Tartu_pedagoogiumi_aruanded, lk 7
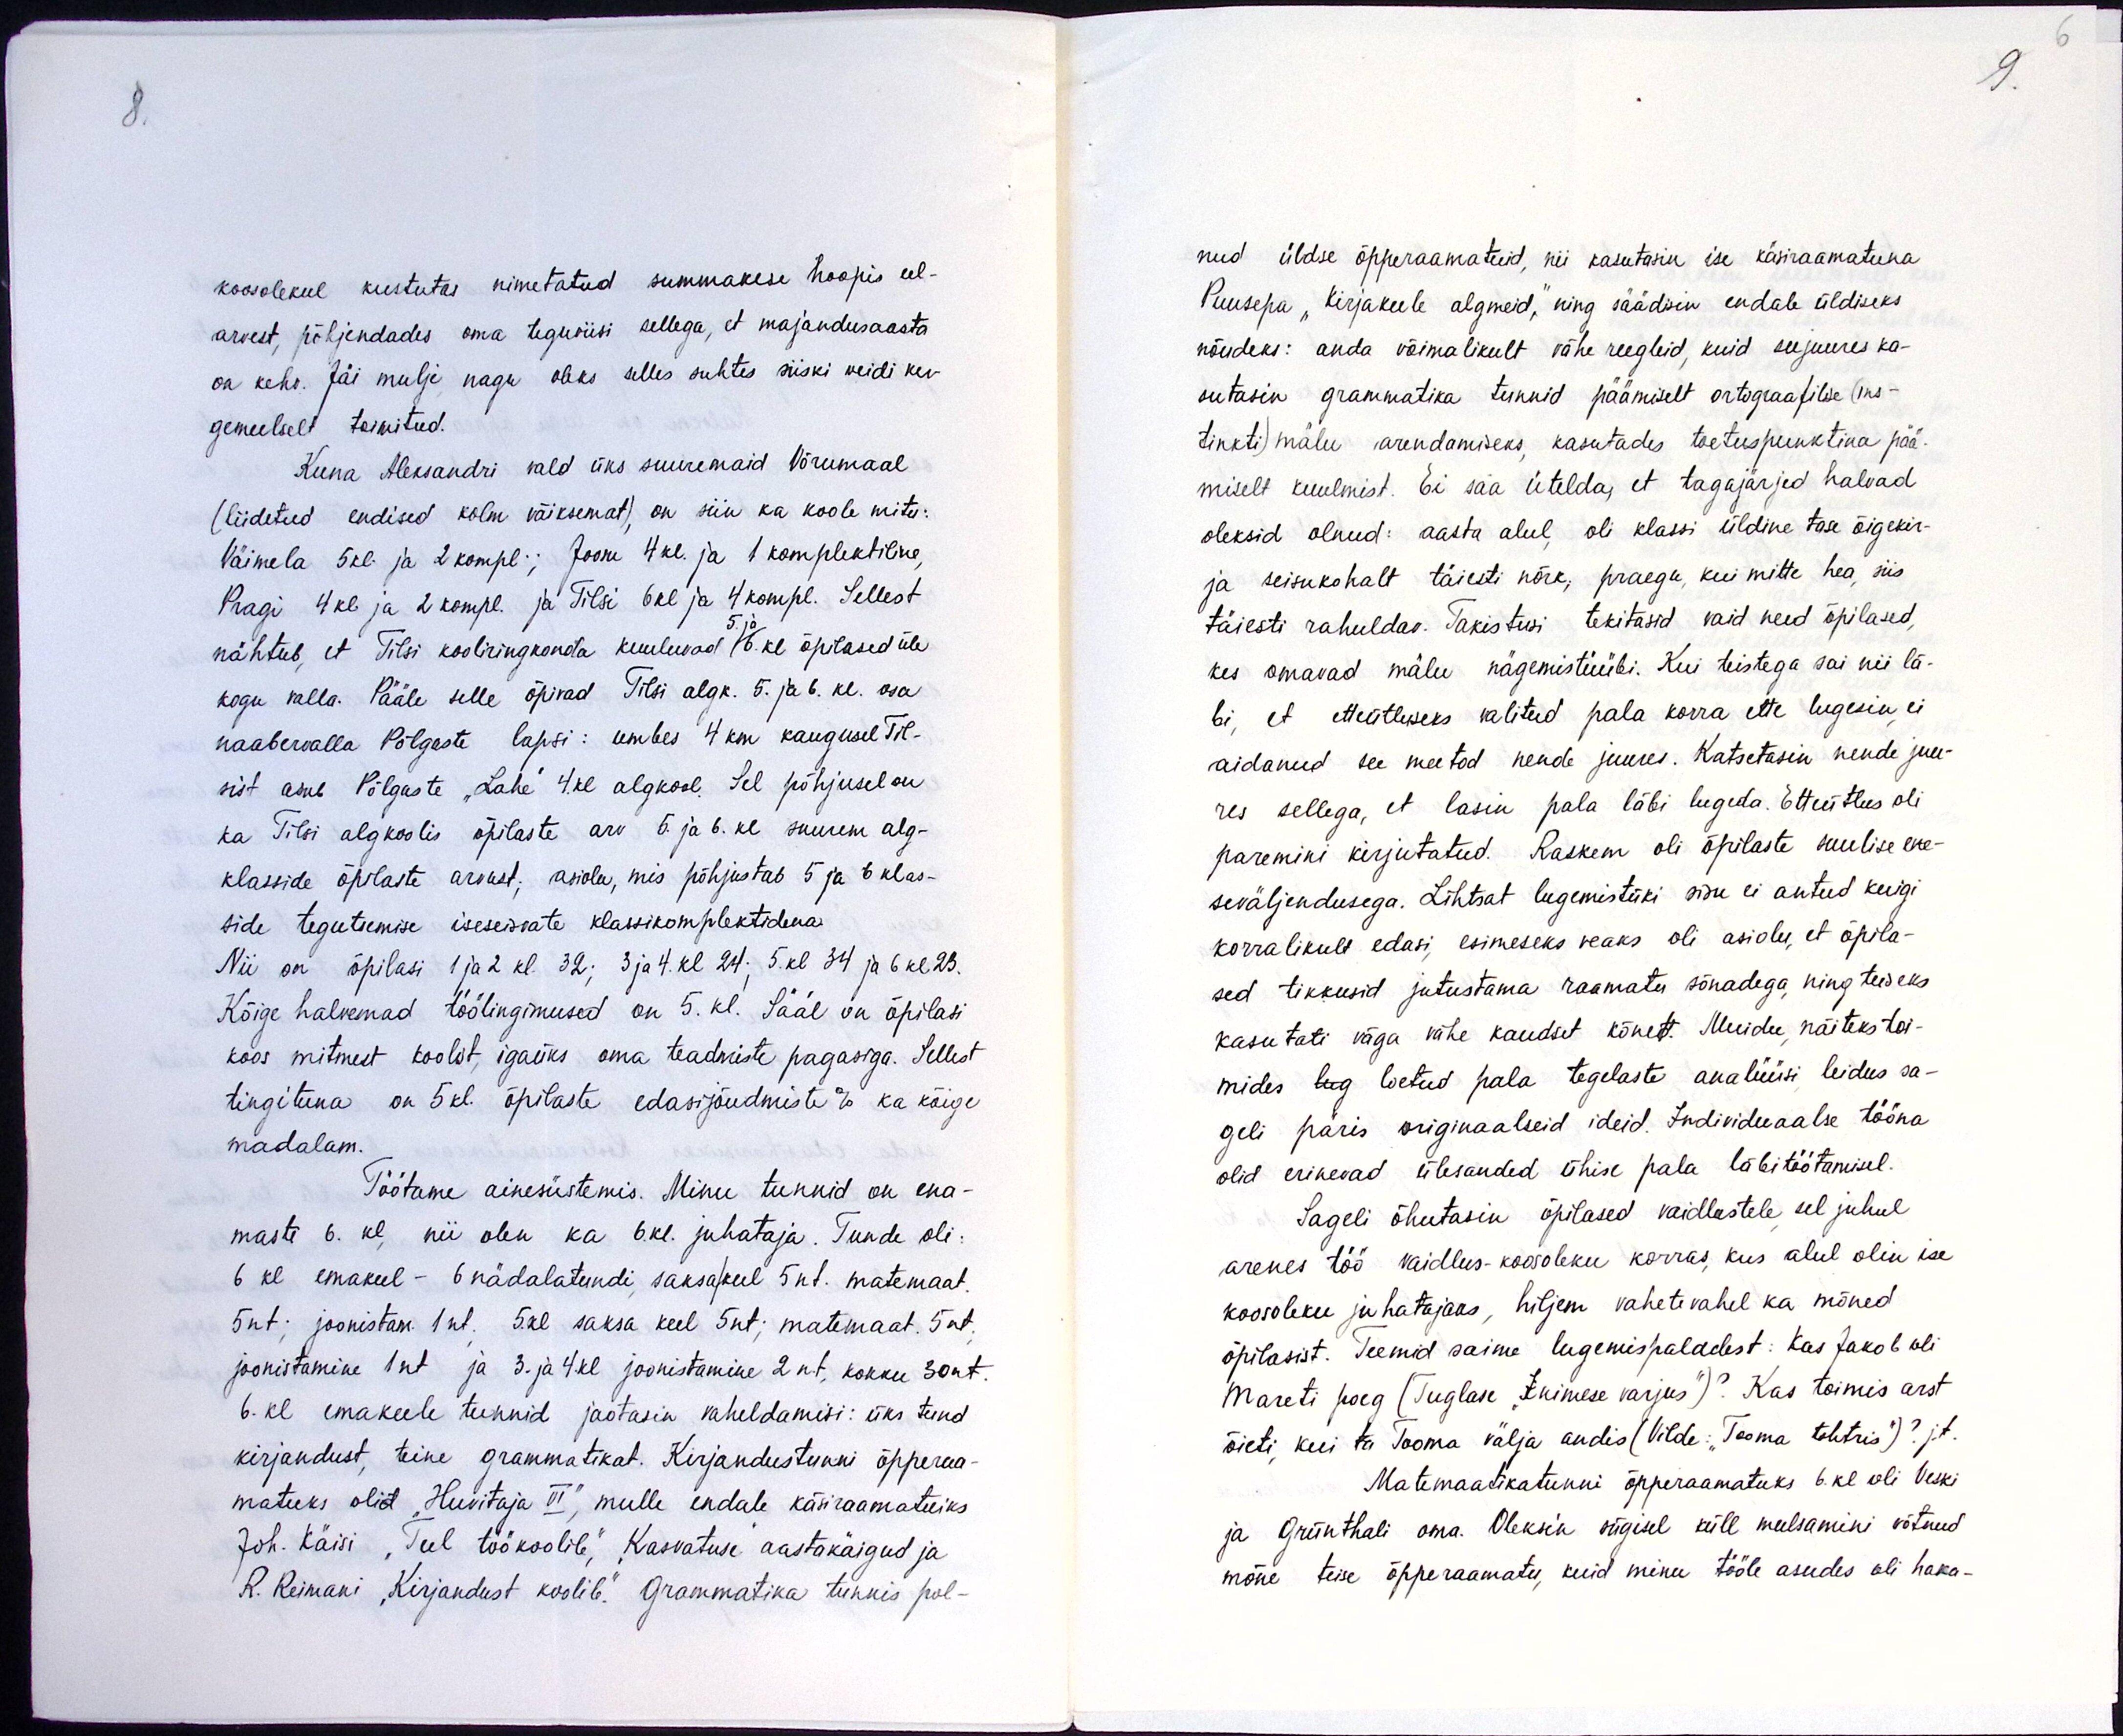
koosolekul kustutas nimetatud summakese hoopis eel-
arvest, põhjendades oma teguviisi sellega, et majandusaasta
on kehv. Jäi mulje nagu oleks selles suhtes siiski veidi ker-
gemeelselt toimitud.
Kuna Aleksandri vald üks suuremaid Võrumaal
(liidetud endised kolm väiksemat). on siin ka koole mitu:
Väimela 5 kl. ja 2 kompl.; Joosu 4 kl. ja 1 komplektiline.
Pragi 4 kl ja 2 kompl. ja Tilsi 6 kl ja 4 kompl. Sellest
nähtub, et Tilsi kooliringkonda kuuluvad 5. ja 6.kl õpilased üle
kogu valla. Pääle selle õpivad Tilsi algk. 5. ja 6. kl. osa
naabervalla Põlgaste lapsi: umbes 4 km kaugusel Til-
sist asub Põlgaste "Lahe" 4.kl algkool. Sel põhjusel on
ka Tilsi algkoolis õpilaste arv 5. ja 6. kl suurem alg-
klasside õpilaste arvust; asiolu, mis põhjustab 5 ja 6 klas-
side tegutsemise iseseisvate klassikomplektidena
Nii on õpilasi 1 ja 2 kl. 32; 3 ja 4. kl 24; 5 kl 34 ja 6 kl 23.
Kõige halvemad töötingimused on 5. kl. Sääl on õpilasi
koos mitmest koolit, igaüks oma teadmiste pagasiga. Sellest
tingituna on 5 kl. õpilaste edasijõudmiste % ka kõige
madalam.
Töötame ainesüstemis. Minu tunnid on ena-
masti 6. kl, nii olen ka 6 kl. juhataja. Tunde oli-
6 kl emakeel - 6 nädalatundi saksakeel 5 nt. matemaat
5nt; joonistam. 1nt. 5.kl saksa keel 5nt; matemaat. 5nt.
joonistamine 1nt ja 3. ja 4.kl joonistamine 2nt, kokku 30nt
6. kl emakeele tunnid jaotasin vaheldamisi: üks tund
kirjandust, teine grammatikat. Kirjandustunni õpperaa-
matuks olid "Huvitaja VI", mulle endale käsiraamatuiks
Joh. Käisi "Teel töökoolile", Kasvatuse aastakäigud ja
R. Reimani "Kirjandust koolile." Grammatika tunnis pol-

nud üldse õpperaamatuid, nii kasutasin ise käsiraamatuna
Puusepa "Kirjakeele algmeid," ning säädisin endale üldiseks
nõudeks: anda võimalikult vähe reegleid, kuid seejuures ka-
sutasin grammatika tunnid päämiselt ortograafilise (ins-
tinkti) mälu arendamiseks, kasutades toetuspunktina pää-
miselt kuulmist. Ei saa ütelda, et tagajärjed halvad
oleksid olnud: aasta alul, oli klassi üldine tase õigekir-
ja seisukohalt täiesti nõrk, praegu, kui mitte hea, siis
täiesti rahuldav. Takistusi tekitasid vaid need õpilased,
kes omavad mälu nägemistüübi. Kui teistega sai nii lä-
bi, et etteütluseks valitud pala korra ette lugesin ei
aidanud see meetod nende juures. Katsetasin nende juu-
res sellega, et lasin pala läbi lugeda. Etteütlus oli
paremini kirjutatud. Raskem oli õpilaste suulise ene-
seväljendusega. Lihtsat lugemistüki sisu ei antud keegi
korralikult edasi, esimeseks veaks oli asiolu, et õpila-
sed tikkusid jutustama raamatu sõnadega ning teiseks
kasutati väga vähe kaudset kõnet. Muidu näiteks toi-
mides lug loetud pala tegelaste analüüsi leidus sa-
geli päris originaalseid ideid. Individuaalse tööna
olid erinevad ülesanded ühise pala läbi töötamisel.
Sageli õhutasin õpilased vaidlustele sel juhul
arenes töö vaidlus-koosoleku korras, kus alul olin ise
koosoleku juhatajaks, hiljem vahetevahel ka mõned
õpilasist. Teemid saime lugemispaladest: Kas Jakob oli
Mareti poeg (Tuglase "Inimese varjus")? Kas toimis arst
õieti, kui ta Tooma välja andis (Vilde: "Tooma tohtris")? j.t.
Matemaatikatunni õpperaamatuks 6. kl oli Veski
ja Grünthali oma. Oleksin sügisel küll meelsamini võtnud
mõne teise õpperaamatu, kuid minu tööle asudes oli haka-